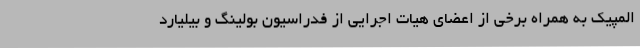
المپیک به همراه برخی از اعضای هیات اجرایی از فدراسیون بولینگ و بیلیارد